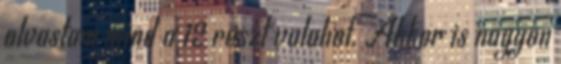
olvastam mind a 12 reszt valahol. Akkor is nagyon